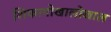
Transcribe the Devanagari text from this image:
शिकागोखालोखाल